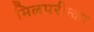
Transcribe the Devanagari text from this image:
मिलपरीन्का